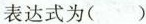
表达式为（）